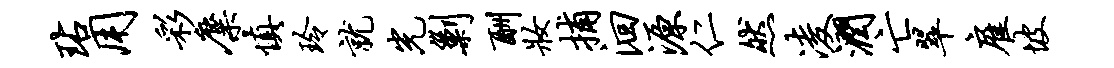
玷用彩麋慎玲就光剿酬妆捕洄源仁然凌润亡翠雇坡